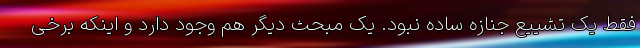
فقط یک تشییع جنازه ساده نبود. یک مبحث دیگر هم وجود دارد و اینکه برخی